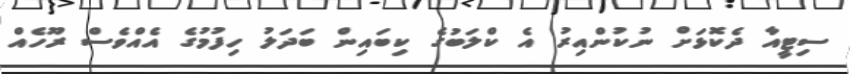
ސިޓީއާ ދެކޮޅަށް ނުކުންއިރު އެ ކްލަބުގެ ކިބައިން ބަދަލު ހިފުމުގެ އެއްވެސް ރޫހެއް